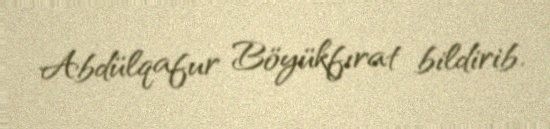
Abdülqafur Böyükfırat bildirib.